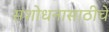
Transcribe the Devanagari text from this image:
संशोधनासाठीचे